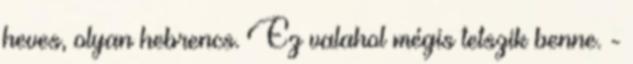
heves, olyan hebrencs. Ez valahol mégis tetszik benne. -